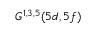
G ^ { 1 , 3 , 5 } ( 5 d , 5 f )